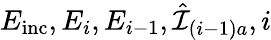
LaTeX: E_{\mathrm{inc}},E_{i},E_{i-1},\hat{\mathcal{I}}_{(i-1)a},i